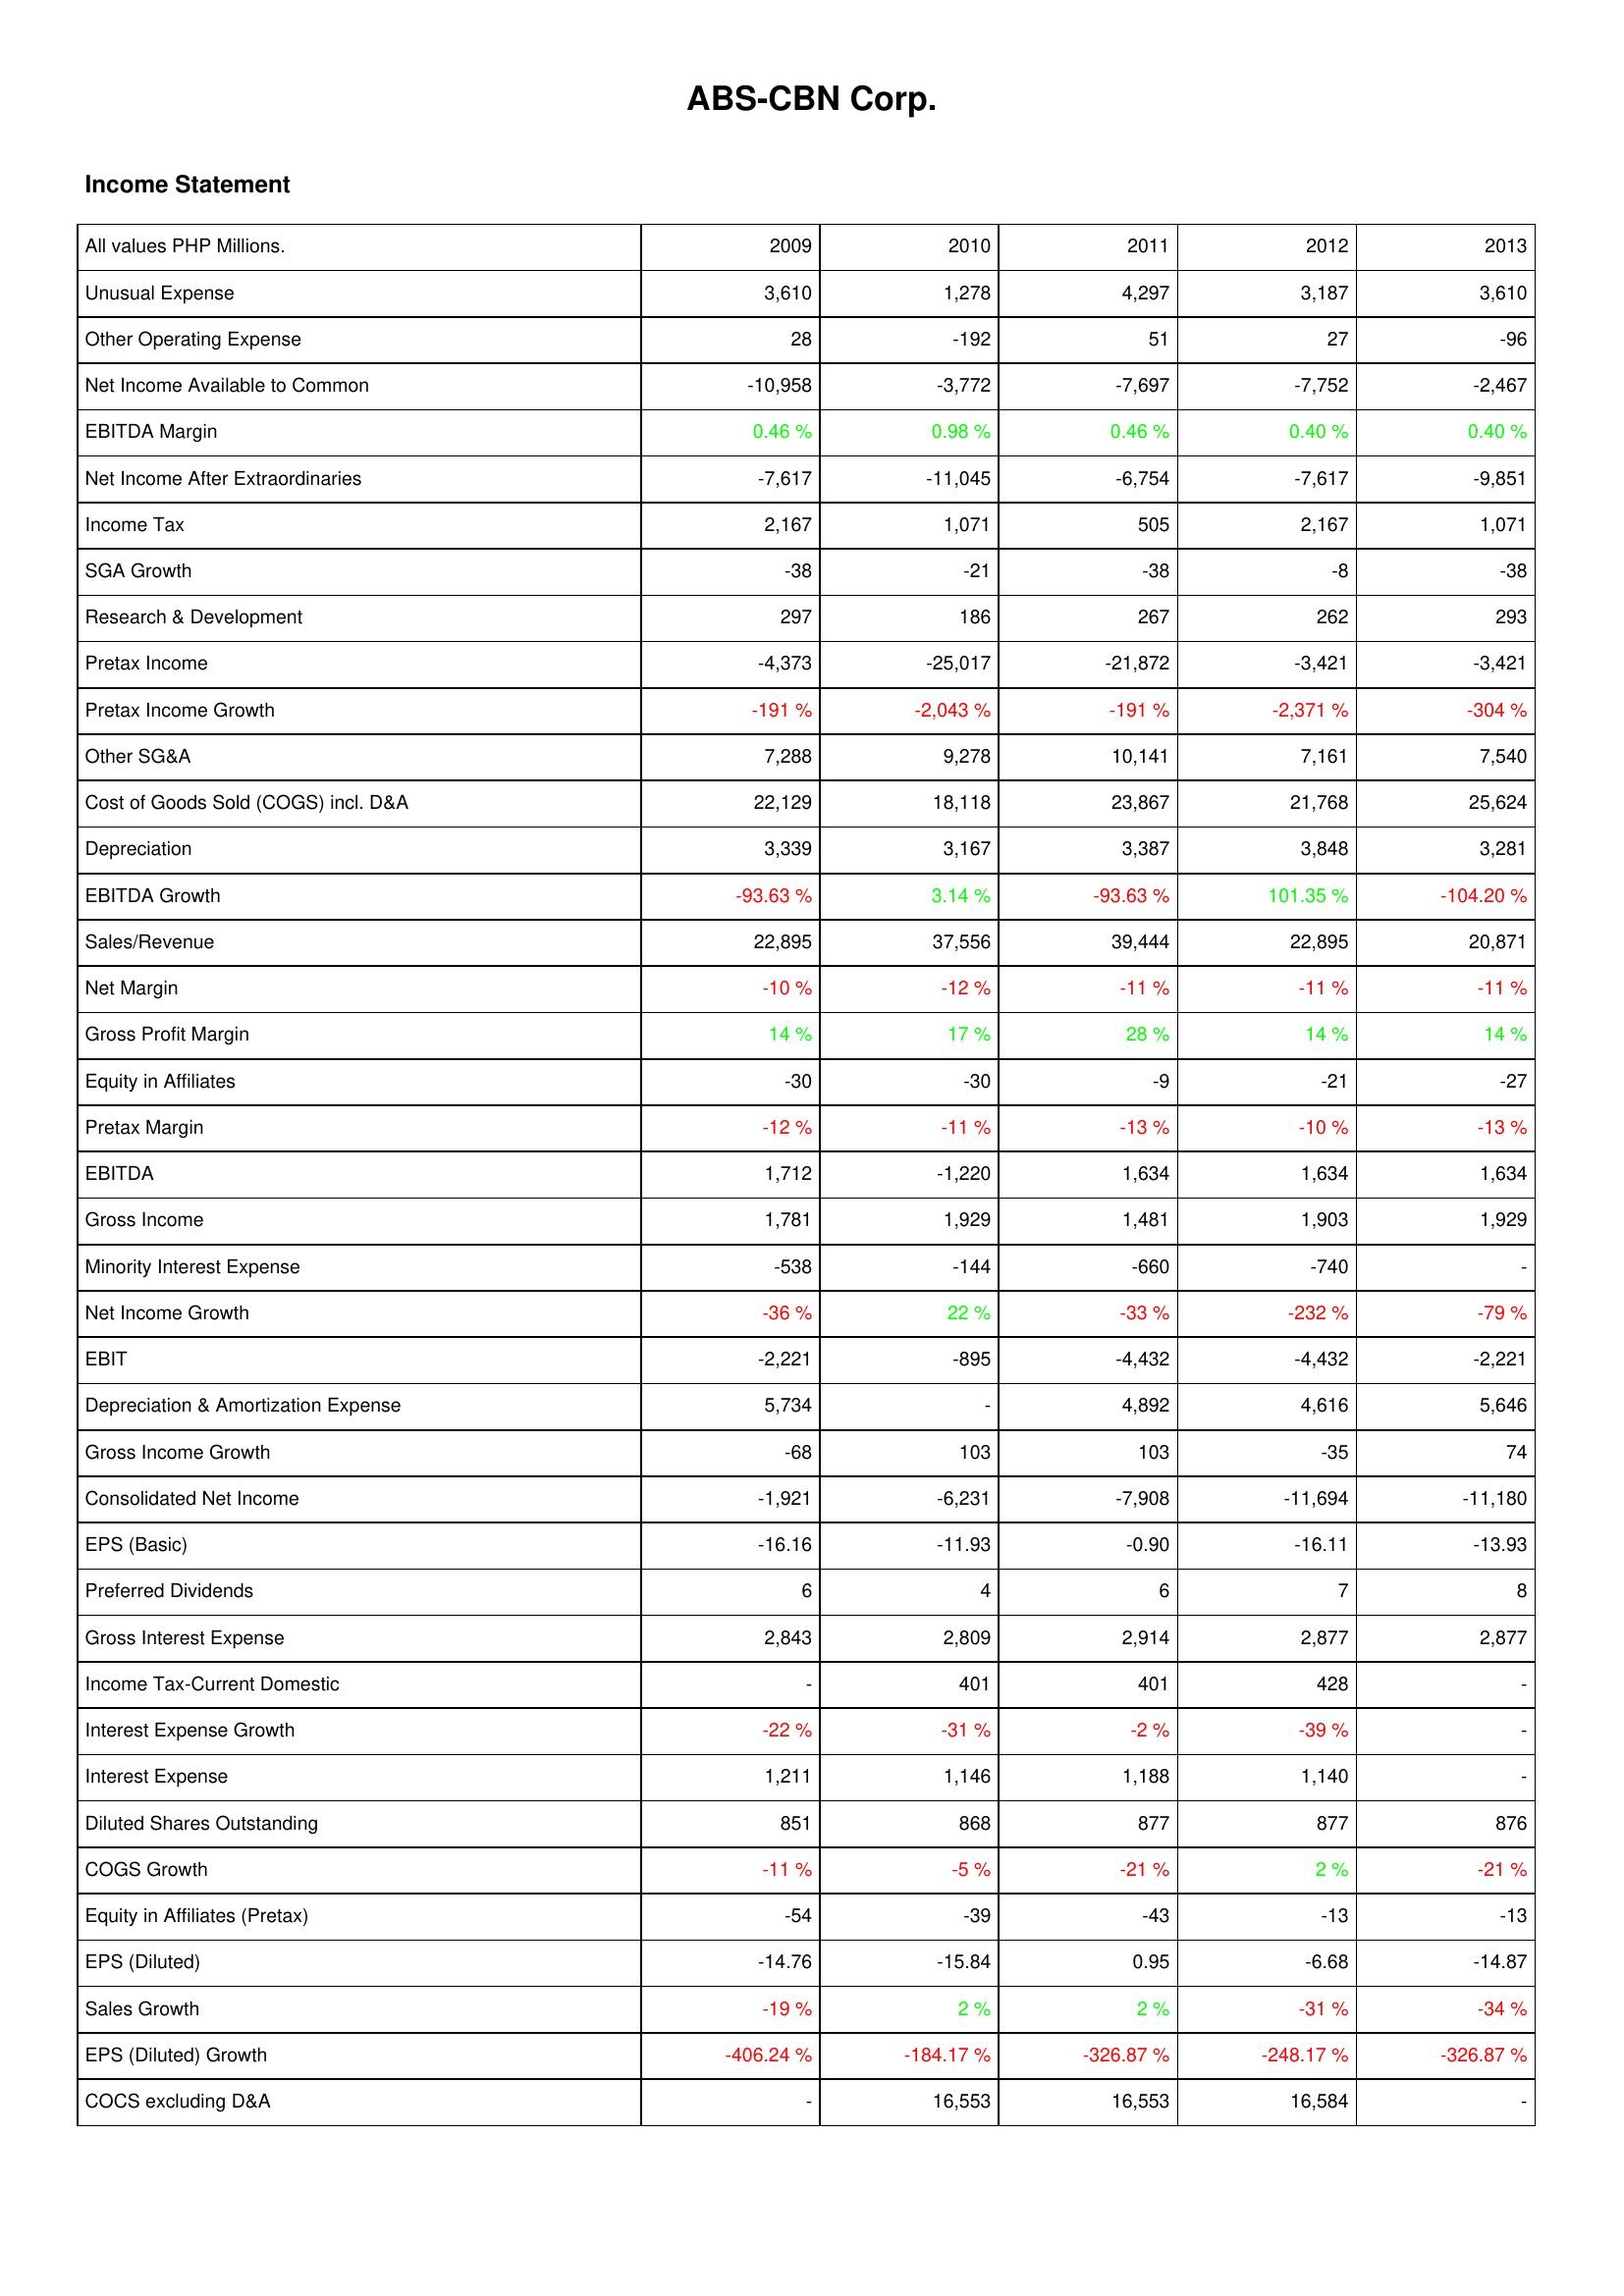
2009: Income Statement: Unusual Expense: 3,610
Other Operating Expense: 28
Net Income Available to Common: -10,958
EBITDA Margin: 0.46 %
Net Income After Extraordinaries: -7,617
Income Tax: 2,167
SGA Growth: -38
Research & Development: 297
Pretax Income: -4,373
Pretax Income Growth: -191 %
Other SG&A: 7,288
Cost of Goods Sold (COGS) incl. D&A: 22,129
Depreciation: 3,339
EBITDA Growth: -93.63 %
Sales/Revenue: 22,895
Net Margin: -10 %
Gross Profit Margin: 14 %
Equity in Affiliates: -30
Pretax Margin: -12 %
EBITDA: 1,712
Gross Income: 1,781
Minority Interest Expense: -538
Net Income Growth: -36 %
EBIT: -2,221
Depreciation & Amortization Expense: 5,734
Gross Income Growth: -68
Consolidated Net Income: -1,921
EPS (Basic): -16.16
Preferred Dividends: 6
Gross Interest Expense: 2,843
Income Tax-Current Domestic: -
Interest Expense Growth: -22 %
Interest Expense: 1,211
Diluted Shares Outstanding: 851
COGS Growth: -11 %
Equity in Affiliates (Pretax): -54
EPS (Diluted): -14.76
Sales Growth: -19 %
EPS (Diluted) Growth: -406.24 %
COCS excluding D&A: -
2010: Income Statement: Unusual Expense: 1,278
Other Operating Expense: -192
Net Income Available to Common: -3,772
EBITDA Margin: 0.98 %
Net Income After Extraordinaries: -11,045
Income Tax: 1,071
SGA Growth: -21
Research & Development: 186
Pretax Income: -25,017
Pretax Income Growth: -2,043 %
Other SG&A: 9,278
Cost of Goods Sold (COGS) incl. D&A: 18,118
Depreciation: 3,167
EBITDA Growth: 3.14 %
Sales/Revenue: 37,556
Net Margin: -12 %
Gross Profit Margin: 17 %
Equity in Affiliates: -30
Pretax Margin: -11 %
EBITDA: -1,220
Gross Income: 1,929
Minority Interest Expense: -144
Net Income Growth: 22 %
EBIT: -895
Depreciation & Amortization Expense: -
Gross Income Growth: 103
Consolidated Net Income: -6,231
EPS (Basic): -11.93
Preferred Dividends: 4
Gross Interest Expense: 2,809
Income Tax-Current Domestic: 401
Interest Expense Growth: -31 %
Interest Expense: 1,146
Diluted Shares Outstanding: 868
COGS Growth: -5 %
Equity in Affiliates (Pretax): -39
EPS (Diluted): -15.84
Sales Growth: 2 %
EPS (Diluted) Growth: -184.17 %
COCS excluding D&A: 16,553
2011: Income Statement: Unusual Expense: 4,297
Other Operating Expense: 51
Net Income Available to Common: -7,697
EBITDA Margin: 0.46 %
Net Income After Extraordinaries: -6,754
Income Tax: 505
SGA Growth: -38
Research & Development: 267
Pretax Income: -21,872
Pretax Income Growth: -191 %
Other SG&A: 10,141
Cost of Goods Sold (COGS) incl. D&A: 23,867
Depreciation: 3,387
EBITDA Growth: -93.63 %
Sales/Revenue: 39,444
Net Margin: -11 %
Gross Profit Margin: 28 %
Equity in Affiliates: -9
Pretax Margin: -13 %
EBITDA: 1,634
Gross Income: 1,481
Minority Interest Expense: -660
Net Income Growth: -33 %
EBIT: -4,432
Depreciation & Amortization Expense: 4,892
Gross Income Growth: 103
Consolidated Net Income: -7,908
EPS (Basic): -0.90
Preferred Dividends: 6
Gross Interest Expense: 2,914
Income Tax-Current Domestic: 401
Interest Expense Growth: -2 %
Interest Expense: 1,188
Diluted Shares Outstanding: 877
COGS Growth: -21 %
Equity in Affiliates (Pretax): -43
EPS (Diluted): 0.95
Sales Growth: 2 %
EPS (Diluted) Growth: -326.87 %
COCS excluding D&A: 16,553
2012: Income Statement: Unusual Expense: 3,187
Other Operating Expense: 27
Net Income Available to Common: -7,752
EBITDA Margin: 0.40 %
Net Income After Extraordinaries: -7,617
Income Tax: 2,167
SGA Growth: -8
Research & Development: 262
Pretax Income: -3,421
Pretax Income Growth: -2,371 %
Other SG&A: 7,161
Cost of Goods Sold (COGS) incl. D&A: 21,768
Depreciation: 3,848
EBITDA Growth: 101.35 %
Sales/Revenue: 22,895
Net Margin: -11 %
Gross Profit Margin: 14 %
Equity in Affiliates: -21
Pretax Margin: -10 %
EBITDA: 1,634
Gross Income: 1,903
Minority Interest Expense: -740
Net Income Growth: -232 %
EBIT: -4,432
Depreciation & Amortization Expense: 4,616
Gross Income Growth: -35
Consolidated Net Income: -11,694
EPS (Basic): -16.11
Preferred Dividends: 7
Gross Interest Expense: 2,877
Income Tax-Current Domestic: 428
Interest Expense Growth: -39 %
Interest Expense: 1,140
Diluted Shares Outstanding: 877
COGS Growth: 2 %
Equity in Affiliates (Pretax): -13
EPS (Diluted): -6.68
Sales Growth: -31 %
EPS (Diluted) Growth: -248.17 %
COCS excluding D&A: 16,584
2013: Income Statement: Unusual Expense: 3,610
Other Operating Expense: -96
Net Income Available to Common: -2,467
EBITDA Margin: 0.40 %
Net Income After Extraordinaries: -9,851
Income Tax: 1,071
SGA Growth: -38
Research & Development: 293
Pretax Income: -3,421
Pretax Income Growth: -304 %
Other SG&A: 7,540
Cost of Goods Sold (COGS) incl. D&A: 25,624
Depreciation: 3,281
EBITDA Growth: -104.20 %
Sales/Revenue: 20,871
Net Margin: -11 %
Gross Profit Margin: 14 %
Equity in Affiliates: -27
Pretax Margin: -13 %
EBITDA: 1,634
Gross Income: 1,929
Minority Interest Expense: -
Net Income Growth: -79 %
EBIT: -2,221
Depreciation & Amortization Expense: 5,646
Gross Income Growth: 74
Consolidated Net Income: -11,180
EPS (Basic): -13.93
Preferred Dividends: 8
Gross Interest Expense: 2,877
Income Tax-Current Domestic: -
Interest Expense Growth: -
Interest Expense: -
Diluted Shares Outstanding: 876
COGS Growth: -21 %
Equity in Affiliates (Pretax): -13
EPS (Diluted): -14.87
Sales Growth: -34 %
EPS (Diluted) Growth: -326.87 %
COCS excluding D&A: -